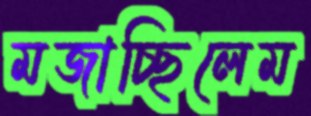
মজাচ্ছিলেম